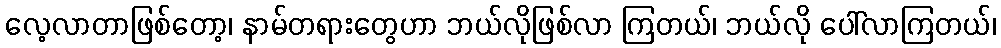
လေ့လာတာဖြစ်တော့၊ နာမ်တရားတွေဟာ ဘယ်လိုဖြစ်လာ ကြတယ်၊ ဘယ်လို ပေါ်လာကြတယ်၊